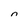
Character: n